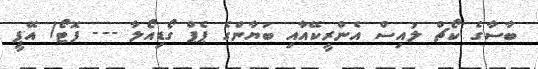
ބާސާގެ ކޯޗް ލުއިސް އެންރީކޭއާއި ބަޔާންގެ ޕެޕް ގޯޑިއޯލާ --- ފޮޓޯ/ އޭޕީ